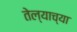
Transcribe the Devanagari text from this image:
तेल्याच्या